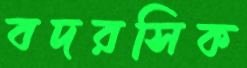
বদরসিক